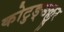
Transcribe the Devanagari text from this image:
कोटुङ्ङल्लूर